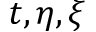
t , \eta , \xi